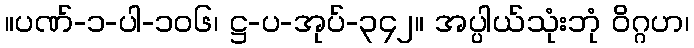
။ပဏ်-၁-ပါ-၁၀၆၊ ဋ္ဌ-ပ-အုပ်-၃၄၂။ အပ္ပါယ်သုံးဘုံ ဝိဂ္ဂဟ၊